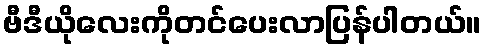
ဗီဒီယိုလေးကိုတင်ပေးလာပြန်ပါတယ်။